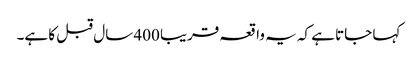
کہا جاتا ہے کہ یہ واقعہ قریبا 400 سال قبل کا ہے۔